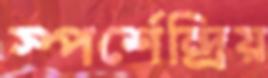
স্পর্শেন্দ্রিয়